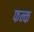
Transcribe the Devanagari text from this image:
फन्क